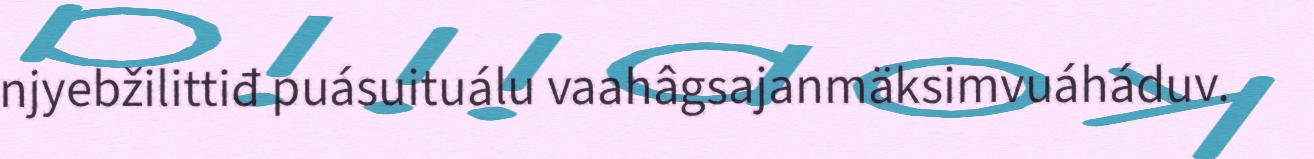
njyebžilittiđ puásuituálu vaahâgsajanmäksimvuáháduv.